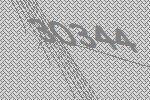
30344